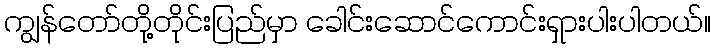
ကျွန်တော်တို့တိုင်းပြည်မှာ ခေါင်းဆောင်ကောင်းရှားပါးပါတယ်။